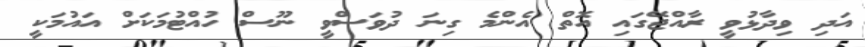
އަދި ވިދާޅުވީ ރާއްޖޭގައި އޮތް އެންމެ ގިނަ ދުވަސްވީ ނޫސް ހުއްޓުމަކަށް އައުމަކީ